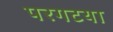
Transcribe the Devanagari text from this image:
परगटया